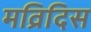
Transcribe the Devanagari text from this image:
मव्रिदिस